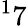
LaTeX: ^17